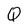
Character: Q